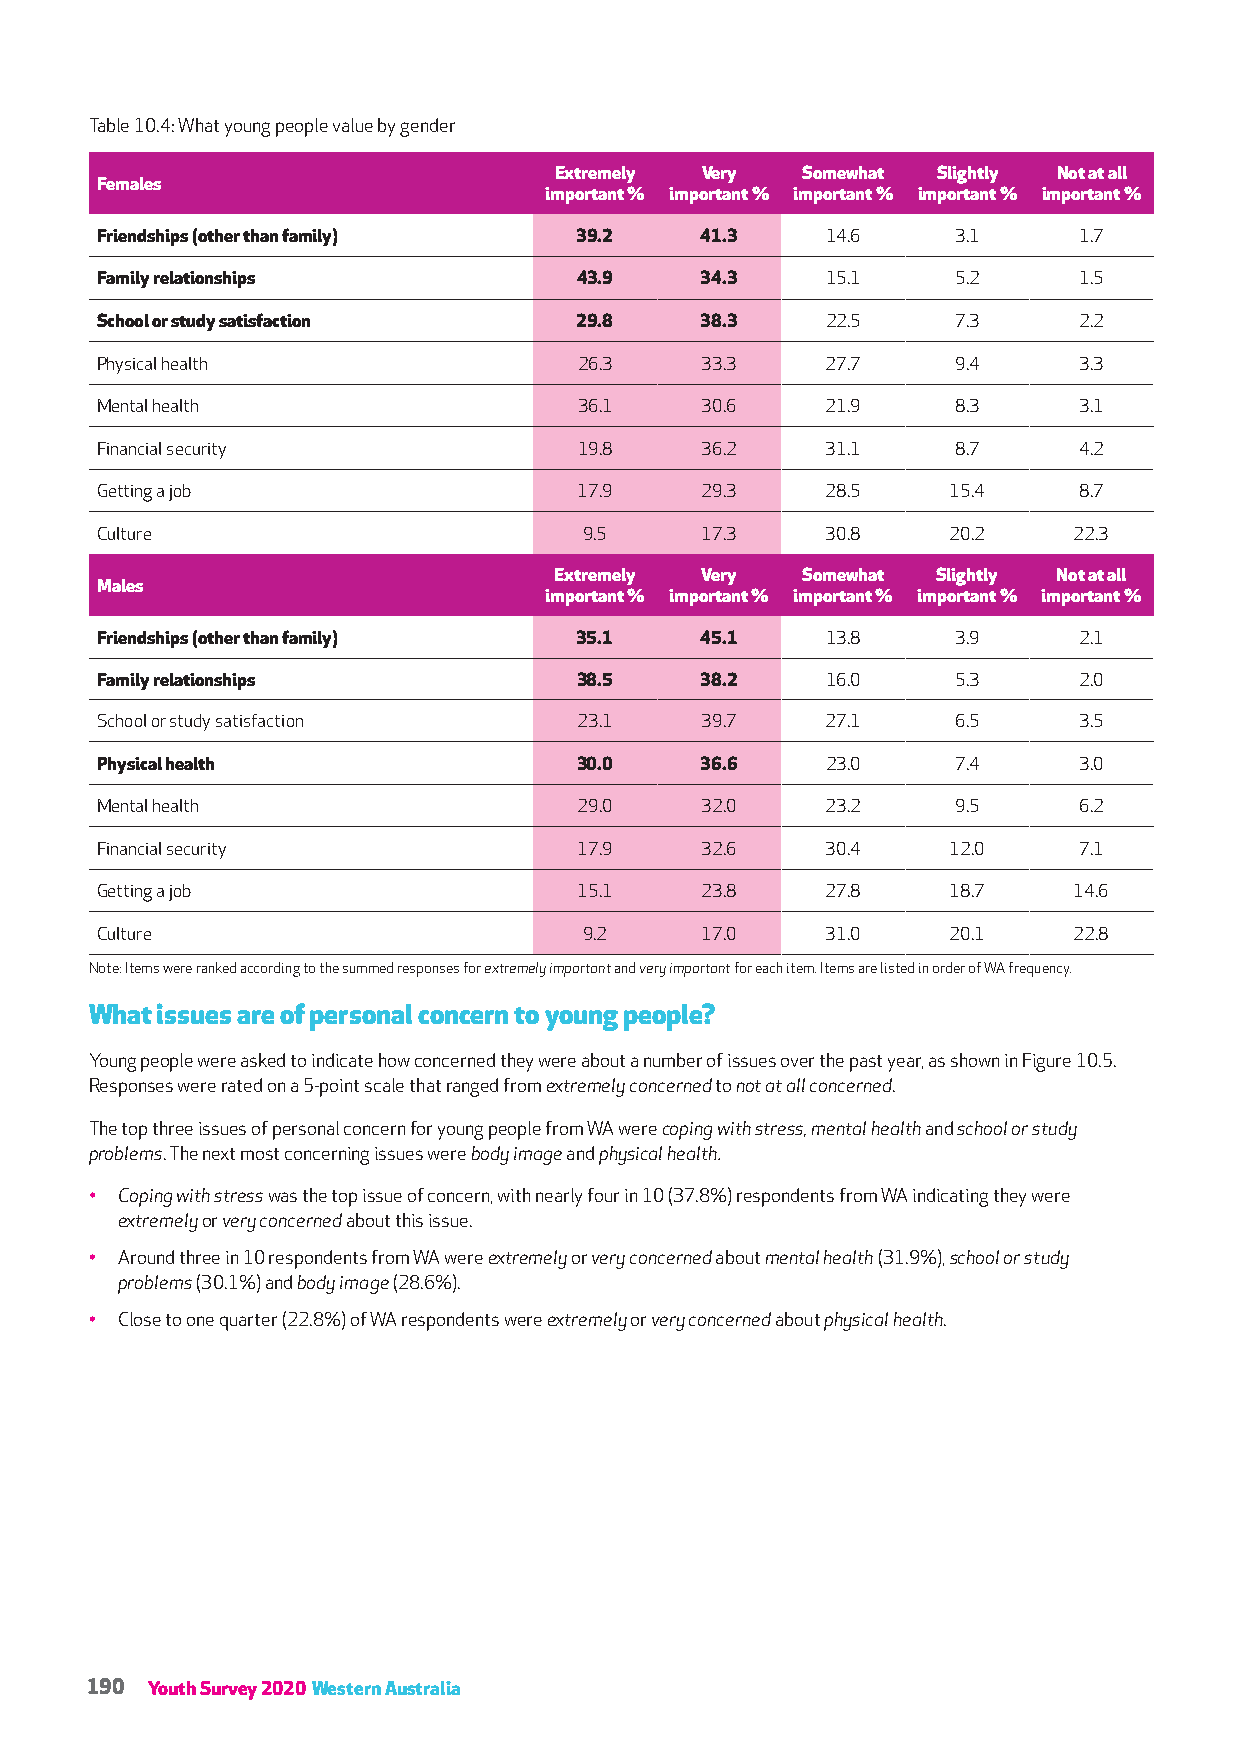
Table 10.4: What young people value by gender
 Extremely Very  Somewhat Slightly Not at all
 Females
 important % important % important % important % important %
 Friendships (other than family) 39.2    41.3     14.6    3.1     1.7
 Family relationships            43.9    34.3     15.1    5.2     1.5
 School or study satisfaction    29.8    38.3     22.5    7.3     2.2
 Physical health                 26.3    33.3     27.7    9.4     3.3
 Mental health                   36.1    30.6     21.9    8.3     3.1
 Financial security              19.8    36.2     31.1    8.7     4.2
 Getting a job                   17.9    29.3     28.5    15.4    8.7
 Culture                          9.5    17.3     30.8    20.2    22.3
 Extremely Very  Somewhat Slightly Not at all
 Males
 important % important % important % important % important %
 Friendships (other than family) 35.1    45.1     13.8    3.9     2.1
 Family relationships            38.5    38.2     16.0    5.3     2.0
 School or study satisfaction    23.1    39.7     27.1    6.5     3.5
 Physical health                 30.0    36.6     23.0    7.4     3.0
 Mental health                   29.0    32.0     23.2    9.5     6.2
 Financial security              17.9    32.6     30.4    12.0    7.1
 Getting a job                   15.1    23.8     27.8    18.7    14.6
 Culture                          9.2    17.0     31.0    20.1    22.8
 Note: Items were ranked according to the summed responses for extremely important and very important for each item. Items are listed in order of WA frequency.
 What issues are of personal concern to young people?
 Young people were asked to indicate how concerned they were about a number of issues over the past year, as shown in Figure 10.5.
 Responses were rated on a 5-point scale that ranged from extremely concerned to not at all concerned.
 The top three issues of personal concern for young people from WA were coping with stress, mental health and school or study
 problems. The next most concerning issues were body image and physical health.
 • Coping with stress was the top issue of concern, with nearly four in 10 (37.8%) respondents from WA indicating they were
 extremely or very concerned about this issue.
 • Around three in 10 respondents from WA were extremely or very concerned about mental health (31.9%), school or study
 problems (30.1%) and body image (28.6%).
 • Close to one quarter (22.8%) of WA respondents were extremely or very concerned about physical health.
 190 Youth Survey 2020 Western Australia